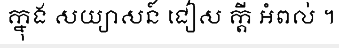
ក្នុង សយ្យាសន៍ ជៀស ក្តី អំពល់ ។